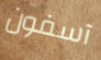
آسفون